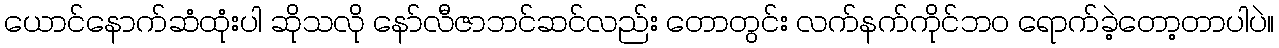
ယောင်နောက်ဆံထုံးပါ ဆိုသလို နော်လီဇာဘင်ဆင်လည်း တောတွင်း လက်နက်ကိုင်ဘဝ ရောက်ခဲ့တော့တာပါပဲ။